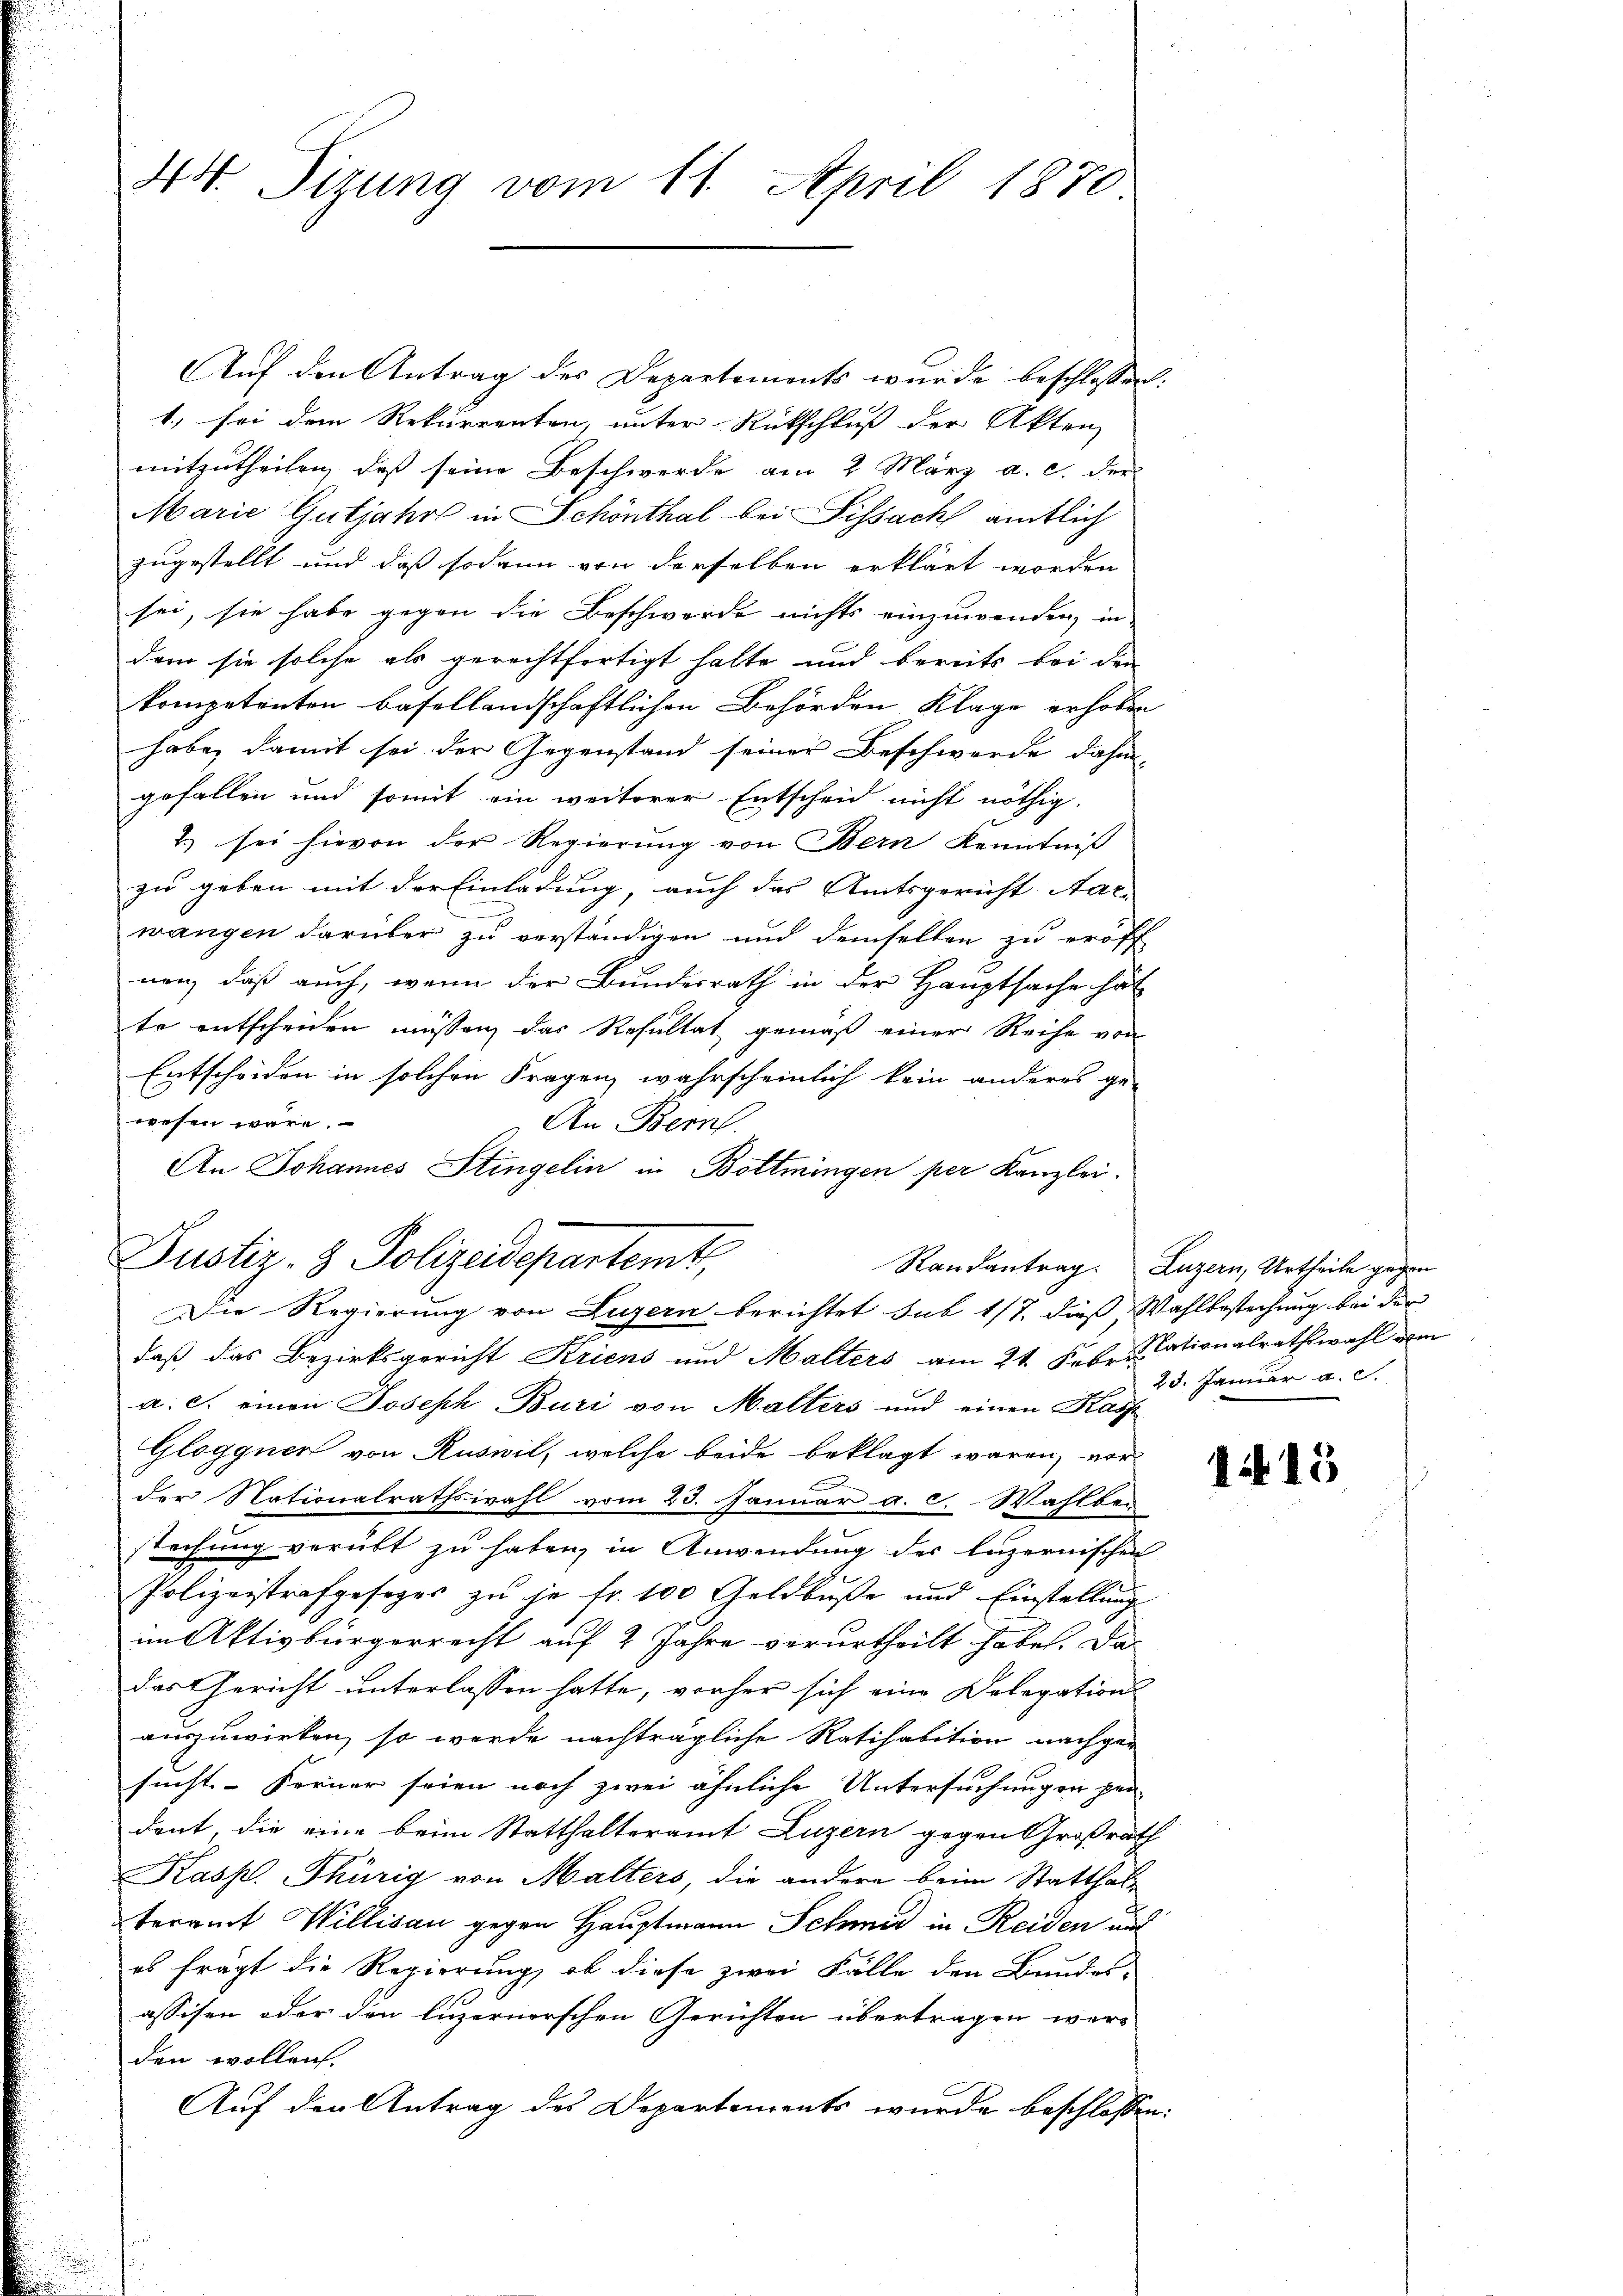
44. Sizung vom 11. April 1870

Auf den Antrag des Departements wurde beschlossen:
1.) sei dem Rekurrenten, unter Rückschluß der Akten
mitzutheilen, daß seine Beschwerde am 2. März a. c. der
Marie Gutjahr in Schönthal bei Pissach amtlich
zugestellt und daß sodann von derselben erklärt worden
sei, sie habe gegen die Beschwerde nichts einzuwenden, in
dem sie solche als gerechtfertigt halte und bereits bei den
kompetenten basellandschaftlichen Behörden Klage erhoben
habe, damit sei der Gegenstand seiner Beschwerde dahin,
gefallen und somit ein weiterer Entscheid nicht nöthig,
2.) sei hievon der Regierung von Bern Kenntniß
zu geben mit der Einladung, auch das Amtsgericht Aar-
wangen darüber zu verständigen und demselben zu eröff
nen, daß auch, wenn der Bundesrath in der Hauptsache hät
te entscheiden müssen das Resultat gemäß einer Reihe von
Entscheiden in solchen Fragen, wahrscheinlich kein anderes ge-
wesen wäre.
An Bern.
An Johannes Stingelin in Bottmingen per Kanzlei.
Randantrag. Luzern, Urtheile gegen
Die Regierung von Luzern berichtet sub 1/7 dieß Wahlbestechung bei der
daß das Bezirksgericht Kriens und Malters am 21. Febr. dationalrathswahl vom
a. c. einen Joseph Buri von Malters und einen Kass
Gloggnen von Ruswil, welche beide beklagt waren, vor
der Nationalrathswahl vom 23. Januar a. c. Wahlber
srechung verübt zu haben, in Anwendung der luzernischen
Polizeistrafgeseges zu je fr. 100 Geldbuße und Einstellung
im Aktivbürgerrecht auf 2 Jahre verurtheilt habe. Das
das Gericht unterlassen hatte, vorher sich eine Delegations-
auszuwirken, so werde nachträgliche Ratihabition nachger
sucht. Ferner seien noch zwei ähnliche Untersuchungen pen-
dent, die eine beim Statthalteramt Luzern gegen Großrath
Kasp. Thürig von Malters, die andere beim Statthal
teramt Willisau gegen Hauptmann Schmid in Reiden und
es frägt die Regierung, ob diese zwei Fälle den Bundes-
assisen oder den luzernerschen Gerichten übertragen werden wollen.
Auf den Antrag des Departements wurde beschlossen:
f

Justiz- & Polizeisepartemt,

28. Januar a. c.

115